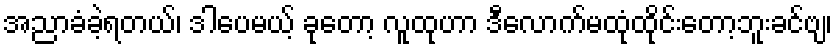
အညာခံခဲ့ရတယ်၊ ဒါပေမယ့် ခုတော့ လူထုဟာ ဒီလောက်မထုံထိုင်းတော့ဘူးခင်ဗျ၊